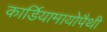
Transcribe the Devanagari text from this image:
कार्डियामायोपैथी